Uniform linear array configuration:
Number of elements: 4
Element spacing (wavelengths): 0.25
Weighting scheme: hann
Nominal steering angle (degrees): -60
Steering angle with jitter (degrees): -58.331
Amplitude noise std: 0.05
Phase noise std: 0.05

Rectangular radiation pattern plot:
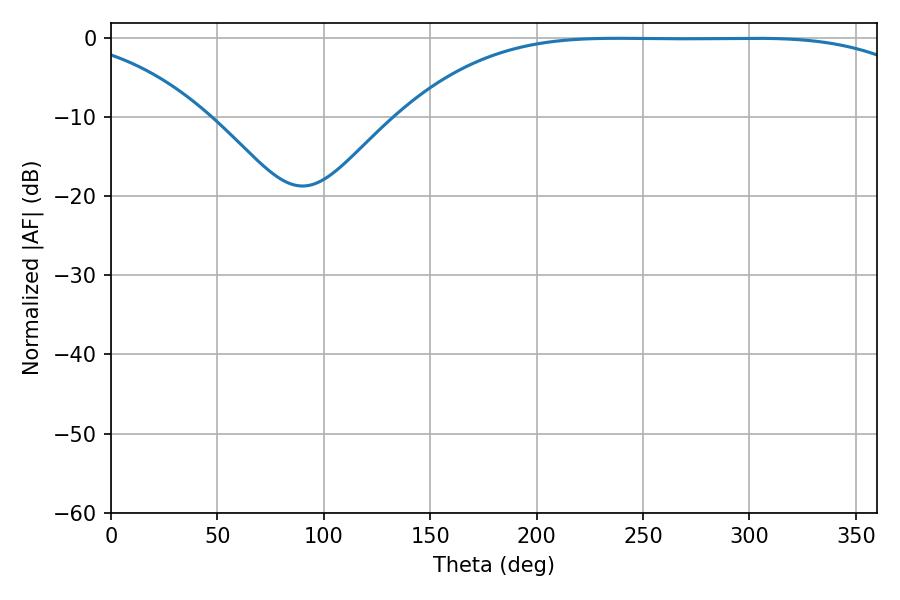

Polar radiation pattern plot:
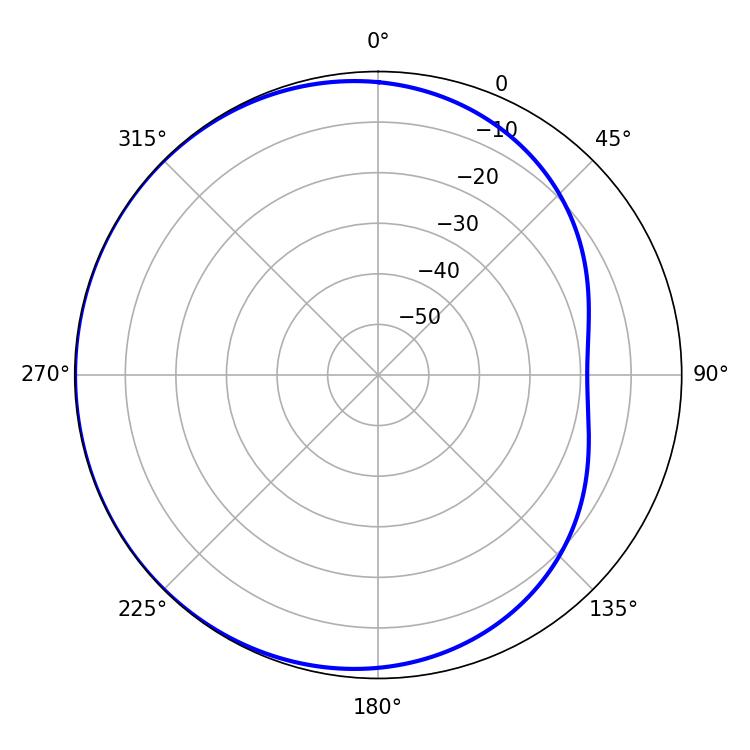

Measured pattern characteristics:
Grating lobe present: FALSE
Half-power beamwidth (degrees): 188.46
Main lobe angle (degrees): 238.5